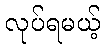
လုပ်ရမယ့်